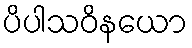
ပိပါသဝိနယော